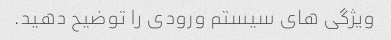
ویژگی های سیستم ورودی را توضیح دهید.